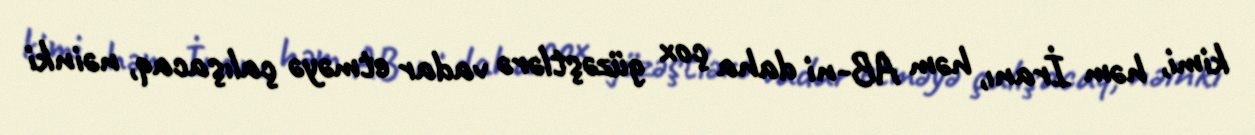
kimi, həm İranı, həm AB-ni daha çox güzəştlərə vadar etməyə çalışacaq, nəinki